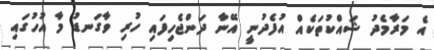
އެ މަރާމެދު ޝައްކުތަކެއް އުފެދުނީ އޭނާ ދަންޖެހިފައި ހުރި ވާގަނޑު މާ އުހުގައި